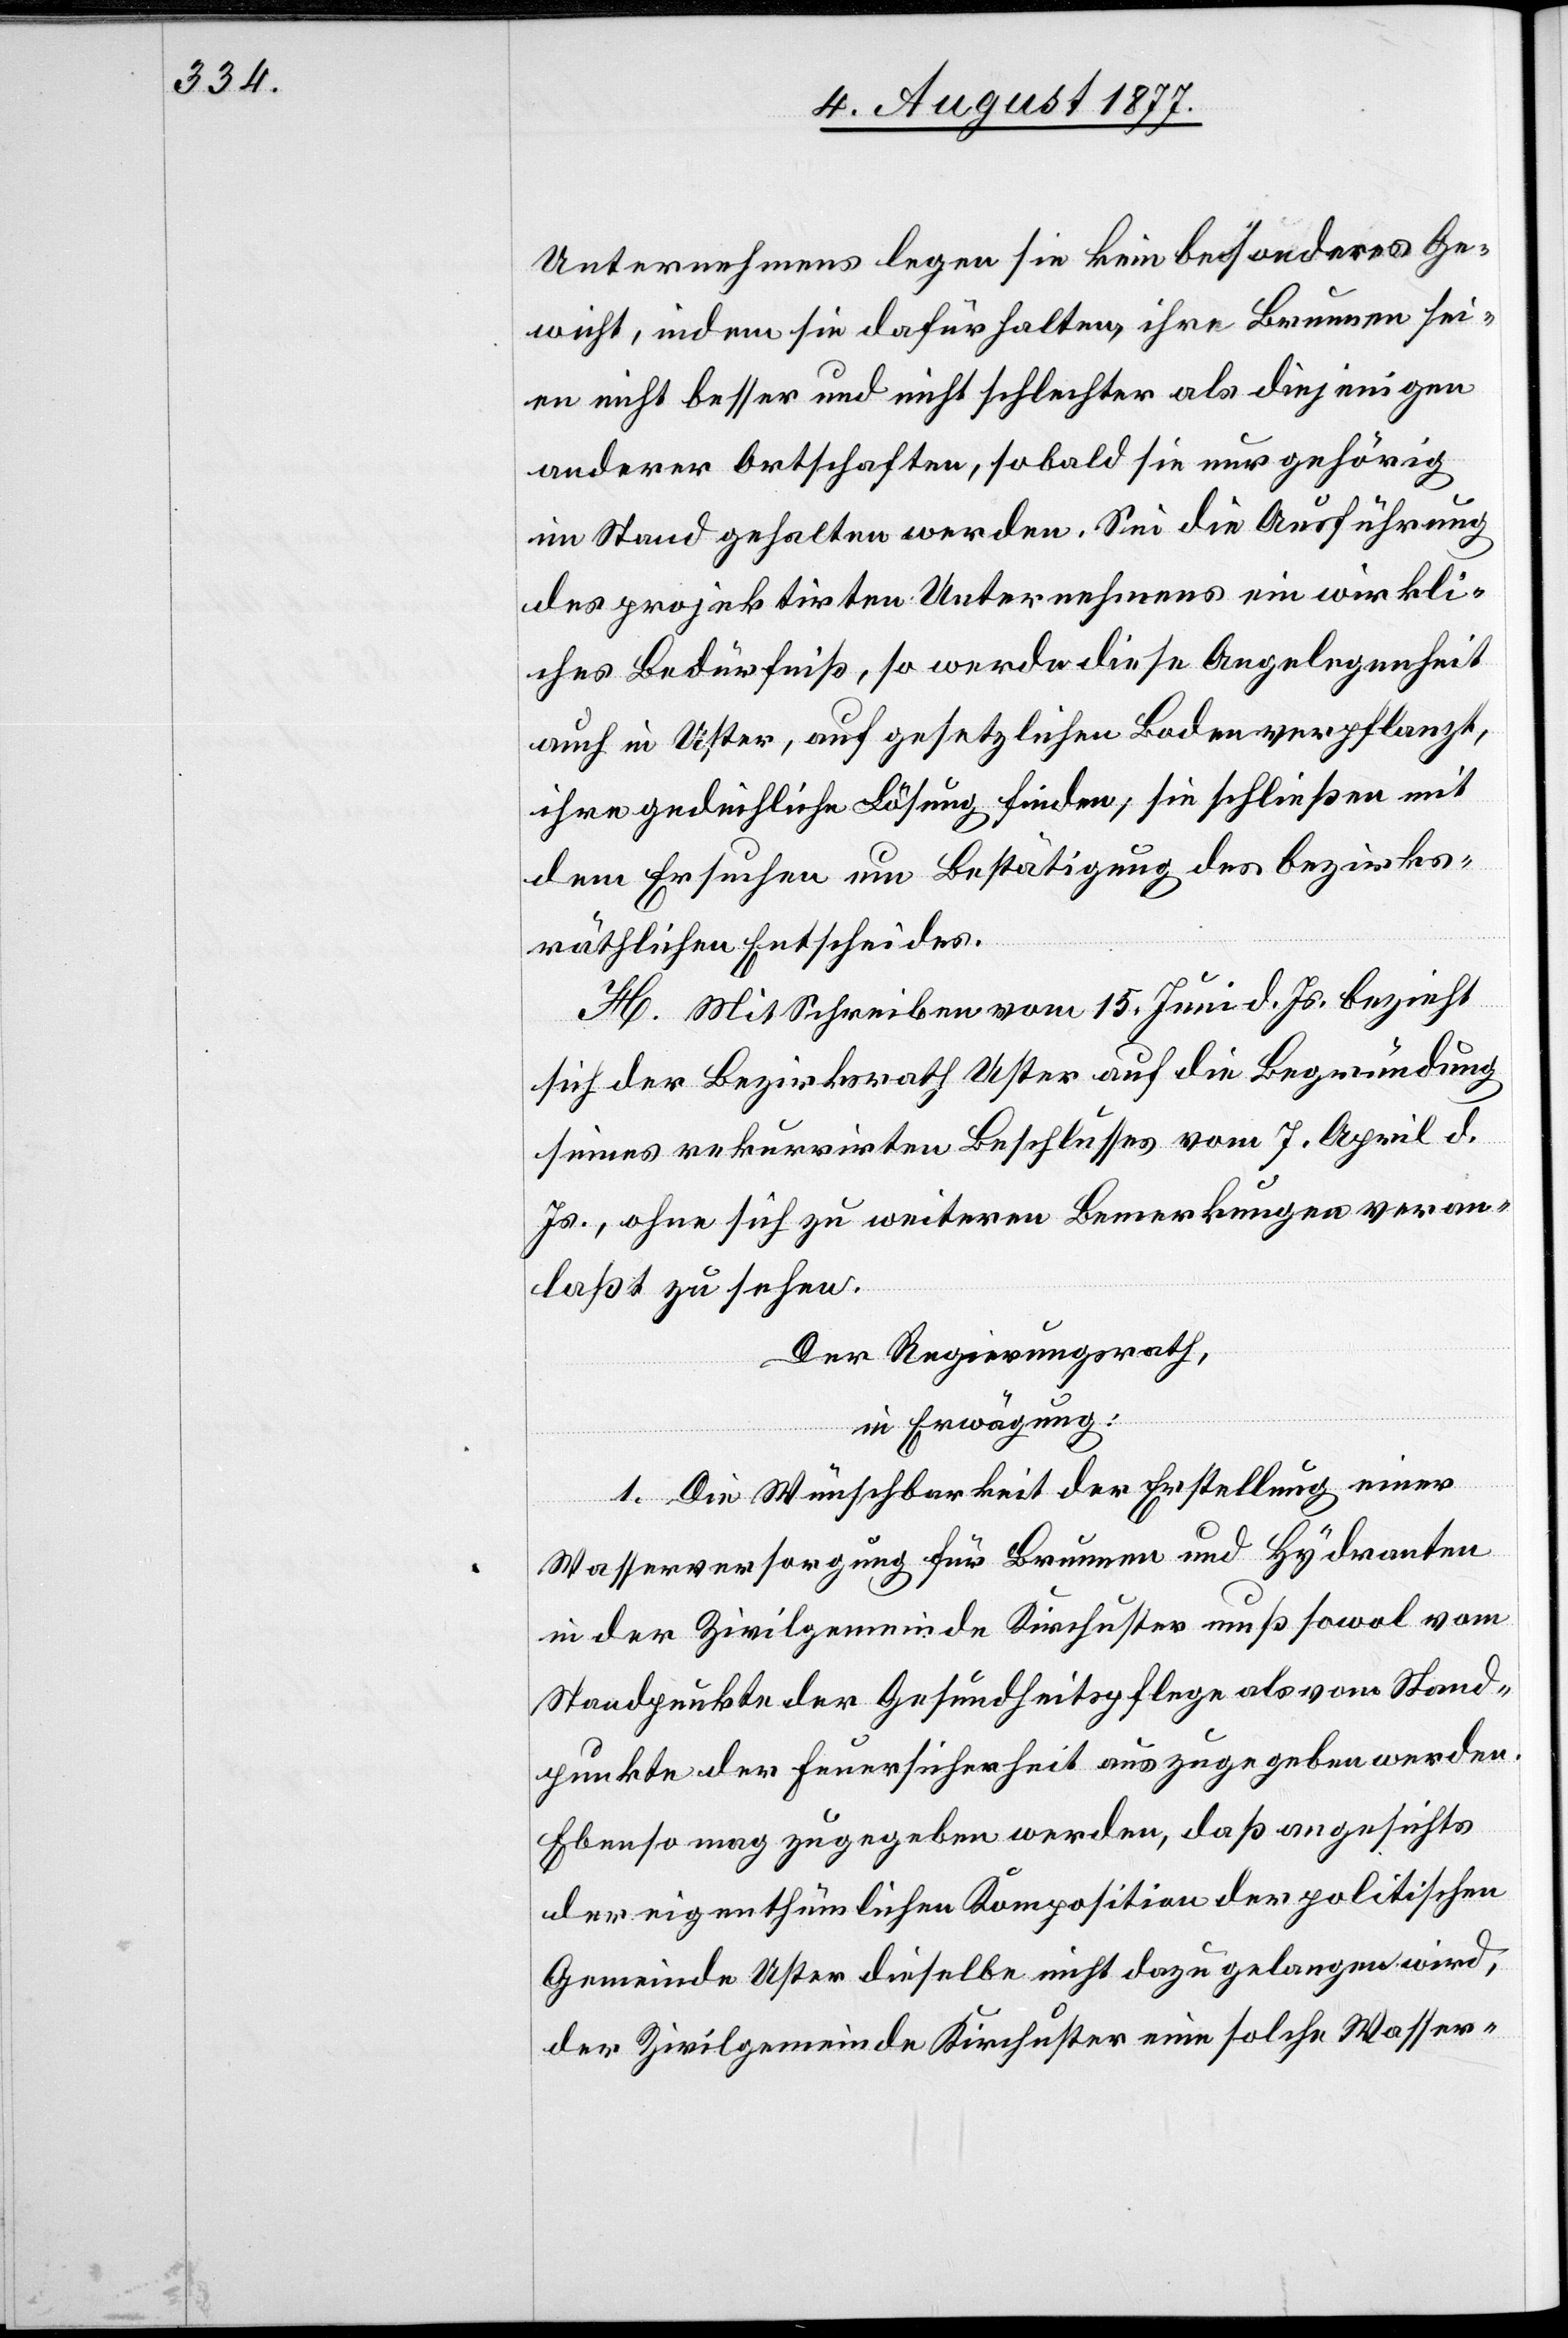
Unternehmens legen sie kein besonderes Ge¬
wicht, indem sie dafürhalten, ihre Brunnen sei¬
en nicht besser und nicht schlechter als diejenigen
anderer Ortschaften, sobald sie nur gehörig
im Stand gehalten werden. Sei die Ausführung
des projektirten Unternehmens ein wirkli¬
ches Bedürfniß, so werde diese Angelegenheit
auch in Uster, auf gesetzlichen Boden verpflanzt,
ihre gedeihliche Lösung finden; sie schließen mit
dem Ersuchen um Bestätigung des bezirks¬
räthlichen Entscheides.
H. Mit Schreiben vom 15. Juni d. Js. bezieht
sich der Bezirksrath Uster auf die Begründung
seines rekurrirten Beschlusses vom 7. April d.
Js., ohne sich zu weiteren Bemerkungen veran¬
laßt zu sehen.
Der Regierungsrath,
in Erwägung:
1. Die Wünschbarkeit der Erstellung einer
Wasserversorgung für Brunnen und Hydranten
in der Zivilgemeinde Kirchuster muß sowol vom
Standpunkte der Gesundheitspflege als vom Stand¬
punkte der Feuersicherheit aus zugegeben werden.
Ebenso mag zugegeben werden, daß angesichts
der eigenthümlichen Komposition der politischen
Gemeinde Uster dieselbe nicht dazu gelangen wird,
der Zivilgemeinde Kirchuster eine solche Wasser-